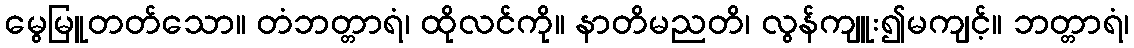
မွေမြူတတ်သော။ တံဘတ္တာရံ၊ ထိုလင်ကို။ နာတိမညတိ၊ လွန်ကျူး၍မကျင့်။ ဘတ္တာရံ၊